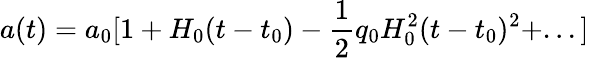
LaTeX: a(t)=a_{0}[1+H_{0}(t-t_{0})-{\frac 12}q_{0}H_{0}^{2}(t-t_{0})^{2}+...]